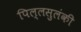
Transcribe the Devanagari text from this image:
पिल्लसुलंकी